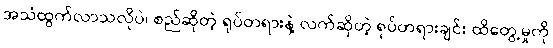
အသံထွက်လာသလိုပဲ၊ စည်ဆိုတဲ့ ရုပ်တရားနဲ့ လက်ဆိုတဲ့ ရုပ်တရားချင်း ထိတွေ့မှုကို